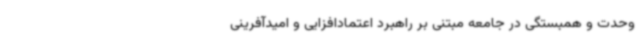
وحدت و همبستگی در جامعه مبتنی بر راهبرد اعتمادافزایی و امیدآفرینی